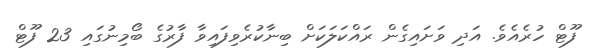
ފޫޓް ހުރެއެވެ. އަދި ވަށައިގެން ރައްކަލަކަށް ބިނާކުރެވިފައިވާ ފާރުގެ ބޯމިނުގައި 23 ފޫޓް